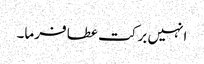
انہیں برکت عطا فرما۔